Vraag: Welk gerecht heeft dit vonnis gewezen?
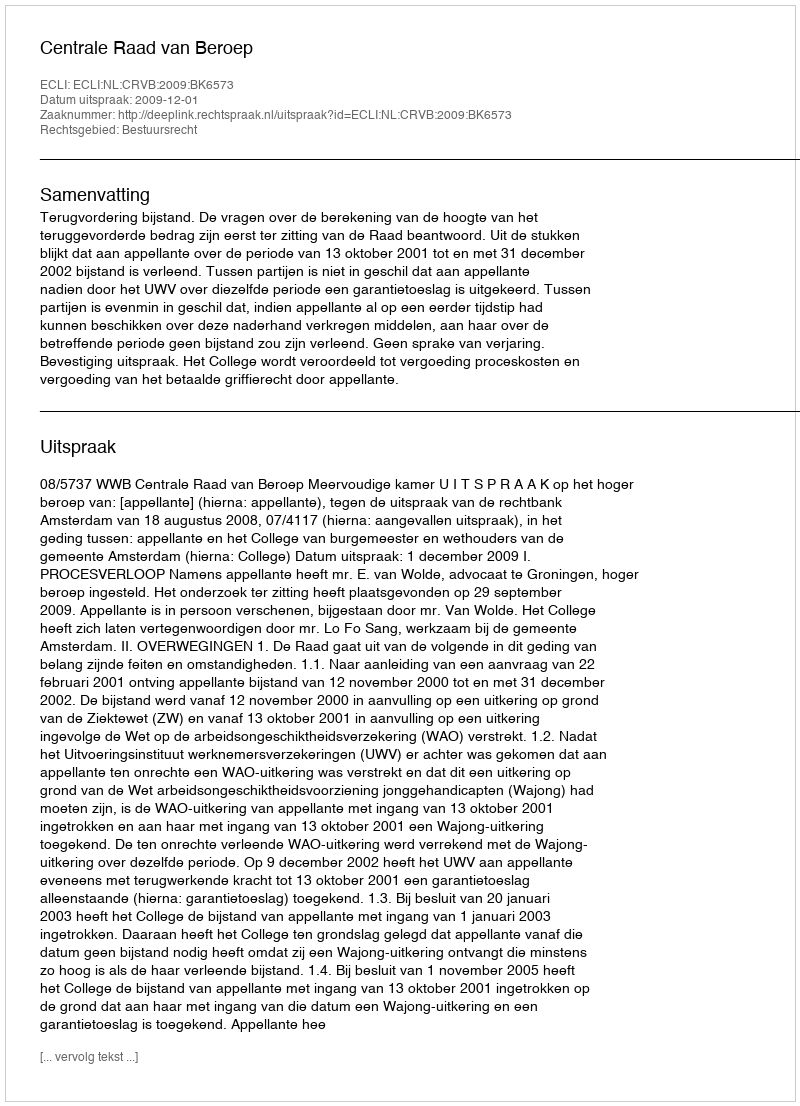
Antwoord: Centrale Raad van Beroep